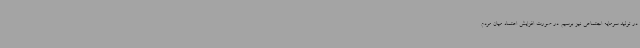
در تولید سرمایه اجتماعی نیز برسیم. در صورت افزایش اعتماد میان مردم